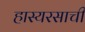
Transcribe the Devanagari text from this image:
हास्यरसाची